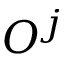
O ^ { j }